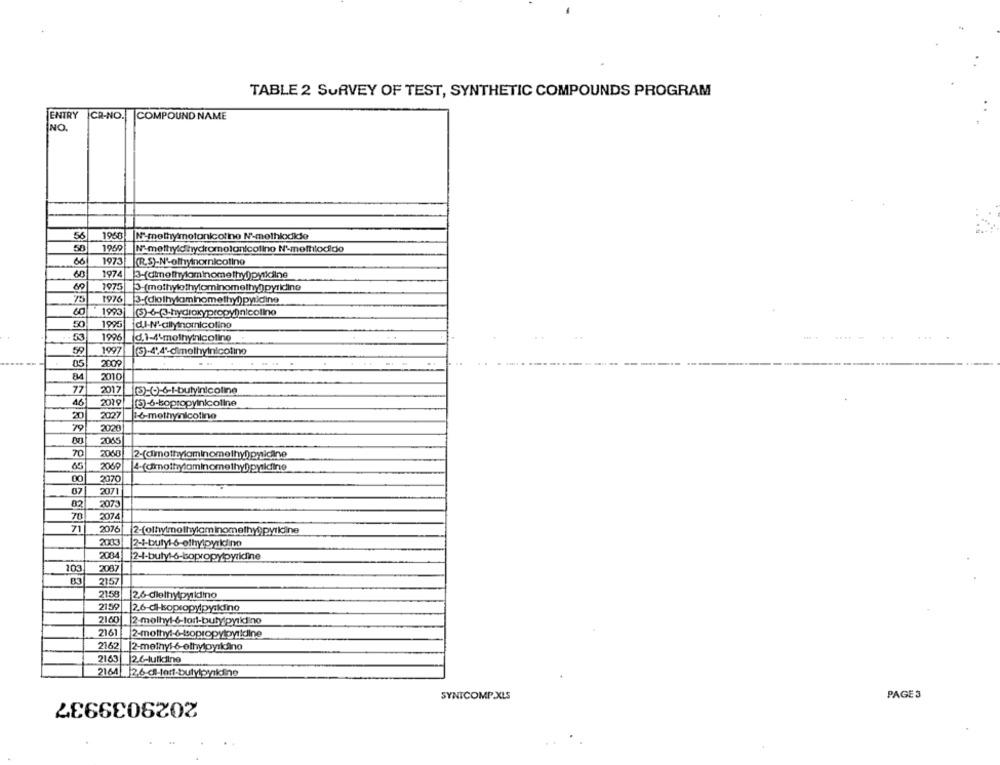
TABLE 2 SURVEY OF TEST, SYNTHETIC COMPOUNDS PROGRAM
ENTRY CR-NO. COMPOUND NAME
NO.
56
1968
N-methymotonicotino Nomethlodide
58
1969
Nº-methy.dihydromotanicolino N'methlodide
60
1973
(R.S)-N&othyinornicotine
60
1974 3-(dimethylaminomethyl pykilne
60
1975
75
60
1993
(5)-6-(3-hydroxypropy)nicoline
50
1995
d.I-N'-allynoricotino
53
1996
d.1-4'mothynicoline
59
1997
05
2009
84
2010
77
2017
46
2019
(3)-6-bopropyinicoline
20
2027
16-methynicolino
79
2020
2065
70
2060
65
2069
4-(cirnothyaminomethyl)pyridine
00
2070
07
2071
82
2073
70
2074
71
2076| |2-(othymolhylaminomethyl;pyridine
2003
2-i-buty :- 6-ethylpyridine
2004
2-1-buty :- 6-bopropylpyridine
103
2087
83
2157
2158
2,6-diethypyridino
2159
2160
2-molhyl-6-tart-butylpyridino
2161
2162
[2-meinyi-6-ethyloyıldino
21.63
2.6-lutilino
2164
2.6 d-tart-butylpyikiine
2029039937
SYNTCOMP.XLS
PAGE 3